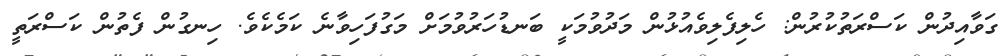
ގަވާއިދުން ކަސްރަތުކުރުން: ހެލިފެލިވެއުޅުން މަދުވުމަކީ ބަނޑުހަރުވުމަށް މަގުފަހިވާނެ ކަމެކެވެ. ހިނގުން ފެތުން ކަސްރަތީ